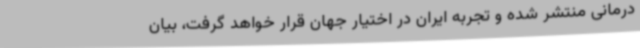
درمانی منتشر شده و تجربه ایران در اختیار جهان قرار خواهد گرفت، بیان